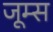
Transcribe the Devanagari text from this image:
जूम्स